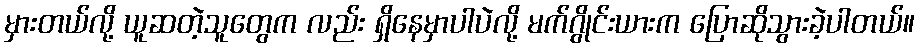
မှားတယ်လို့ ယူဆတဲ့သူတွေက လည်း ရှိနေမှာပါပဲလို့ မက်ဂွိုင်းယားက ပြောဆိုသွားခဲ့ပါတယ်။